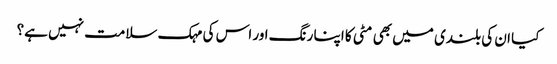
کیا ان کی بلندی میں بھی مٹی کا اپنا رنگ اور اس کی مہک سلامت نہیں ہے؟